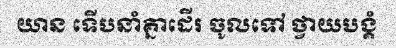
យាន ទើបនាំគ្នាដើរ ចូលទៅ ថ្វាយបង្គំ